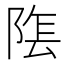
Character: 𮥏